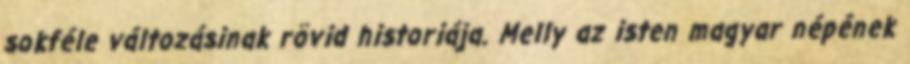
sokféle változásinak rövid historiája. Melly az isten magyar népének